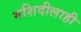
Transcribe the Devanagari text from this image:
मशिदीलाही